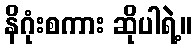
နိဂုံးစကား ဆိုပါရဲ့။